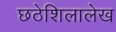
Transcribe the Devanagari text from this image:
छठेशिलालेख